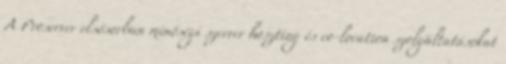
A Proserver elsősorban minőségi szerver hoszting és co-location szolgáltatásokat